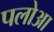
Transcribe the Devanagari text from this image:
पलोआ